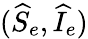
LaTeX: (\widehat{S}_{e},\widehat{I}_{e})